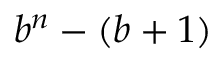
b ^ { n } - ( b + 1 )